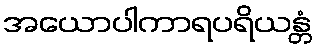
အယောပါကာရပရိယန္တံ